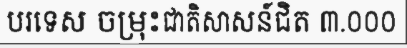
បរទេស ចម្រុះជាតិសាសន៍ជិត ៣.០០០